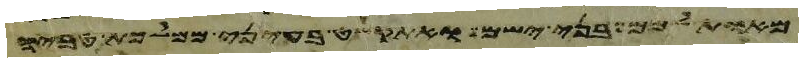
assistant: את אבני השהם ואת אבני המלאים